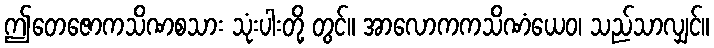
ဤတေဇောကသိဏစသား သုံးပါးတို့ တွင်။ အာလောကကသိဏံယေဝ၊ သည်သာလျှင်။